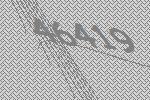
46419